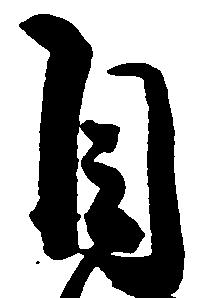
自